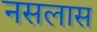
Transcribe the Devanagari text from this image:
नसलास